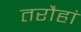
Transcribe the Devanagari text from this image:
तरौहां